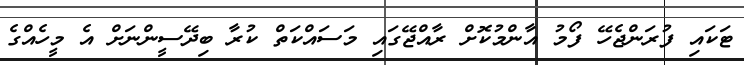
ޓަކައި ފުރަންޖެހޭ ފޯމު އާންމުކޮށް ރާއްޖޭގައި މަސައްކަތް ކުރާ ބިދޭސީންނަށް އެ މީހެއްގެ